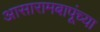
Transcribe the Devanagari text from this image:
आसारामबापूंच्या